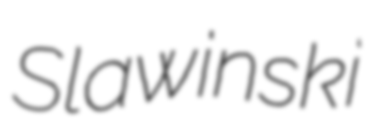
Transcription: Slawinski